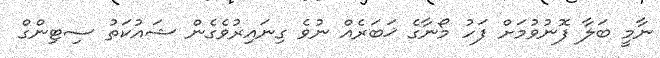
ނާމީ ބަލާ ފޮނުވުމަށް ފަހު މޯނާގެ ޚަބަރެއް ނުވެ ގިނައިރުވެގެން ޝައުކަތު ސިޓިންގް